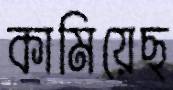
কামিয়েছ